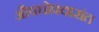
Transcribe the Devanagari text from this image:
औषधोपचारांत